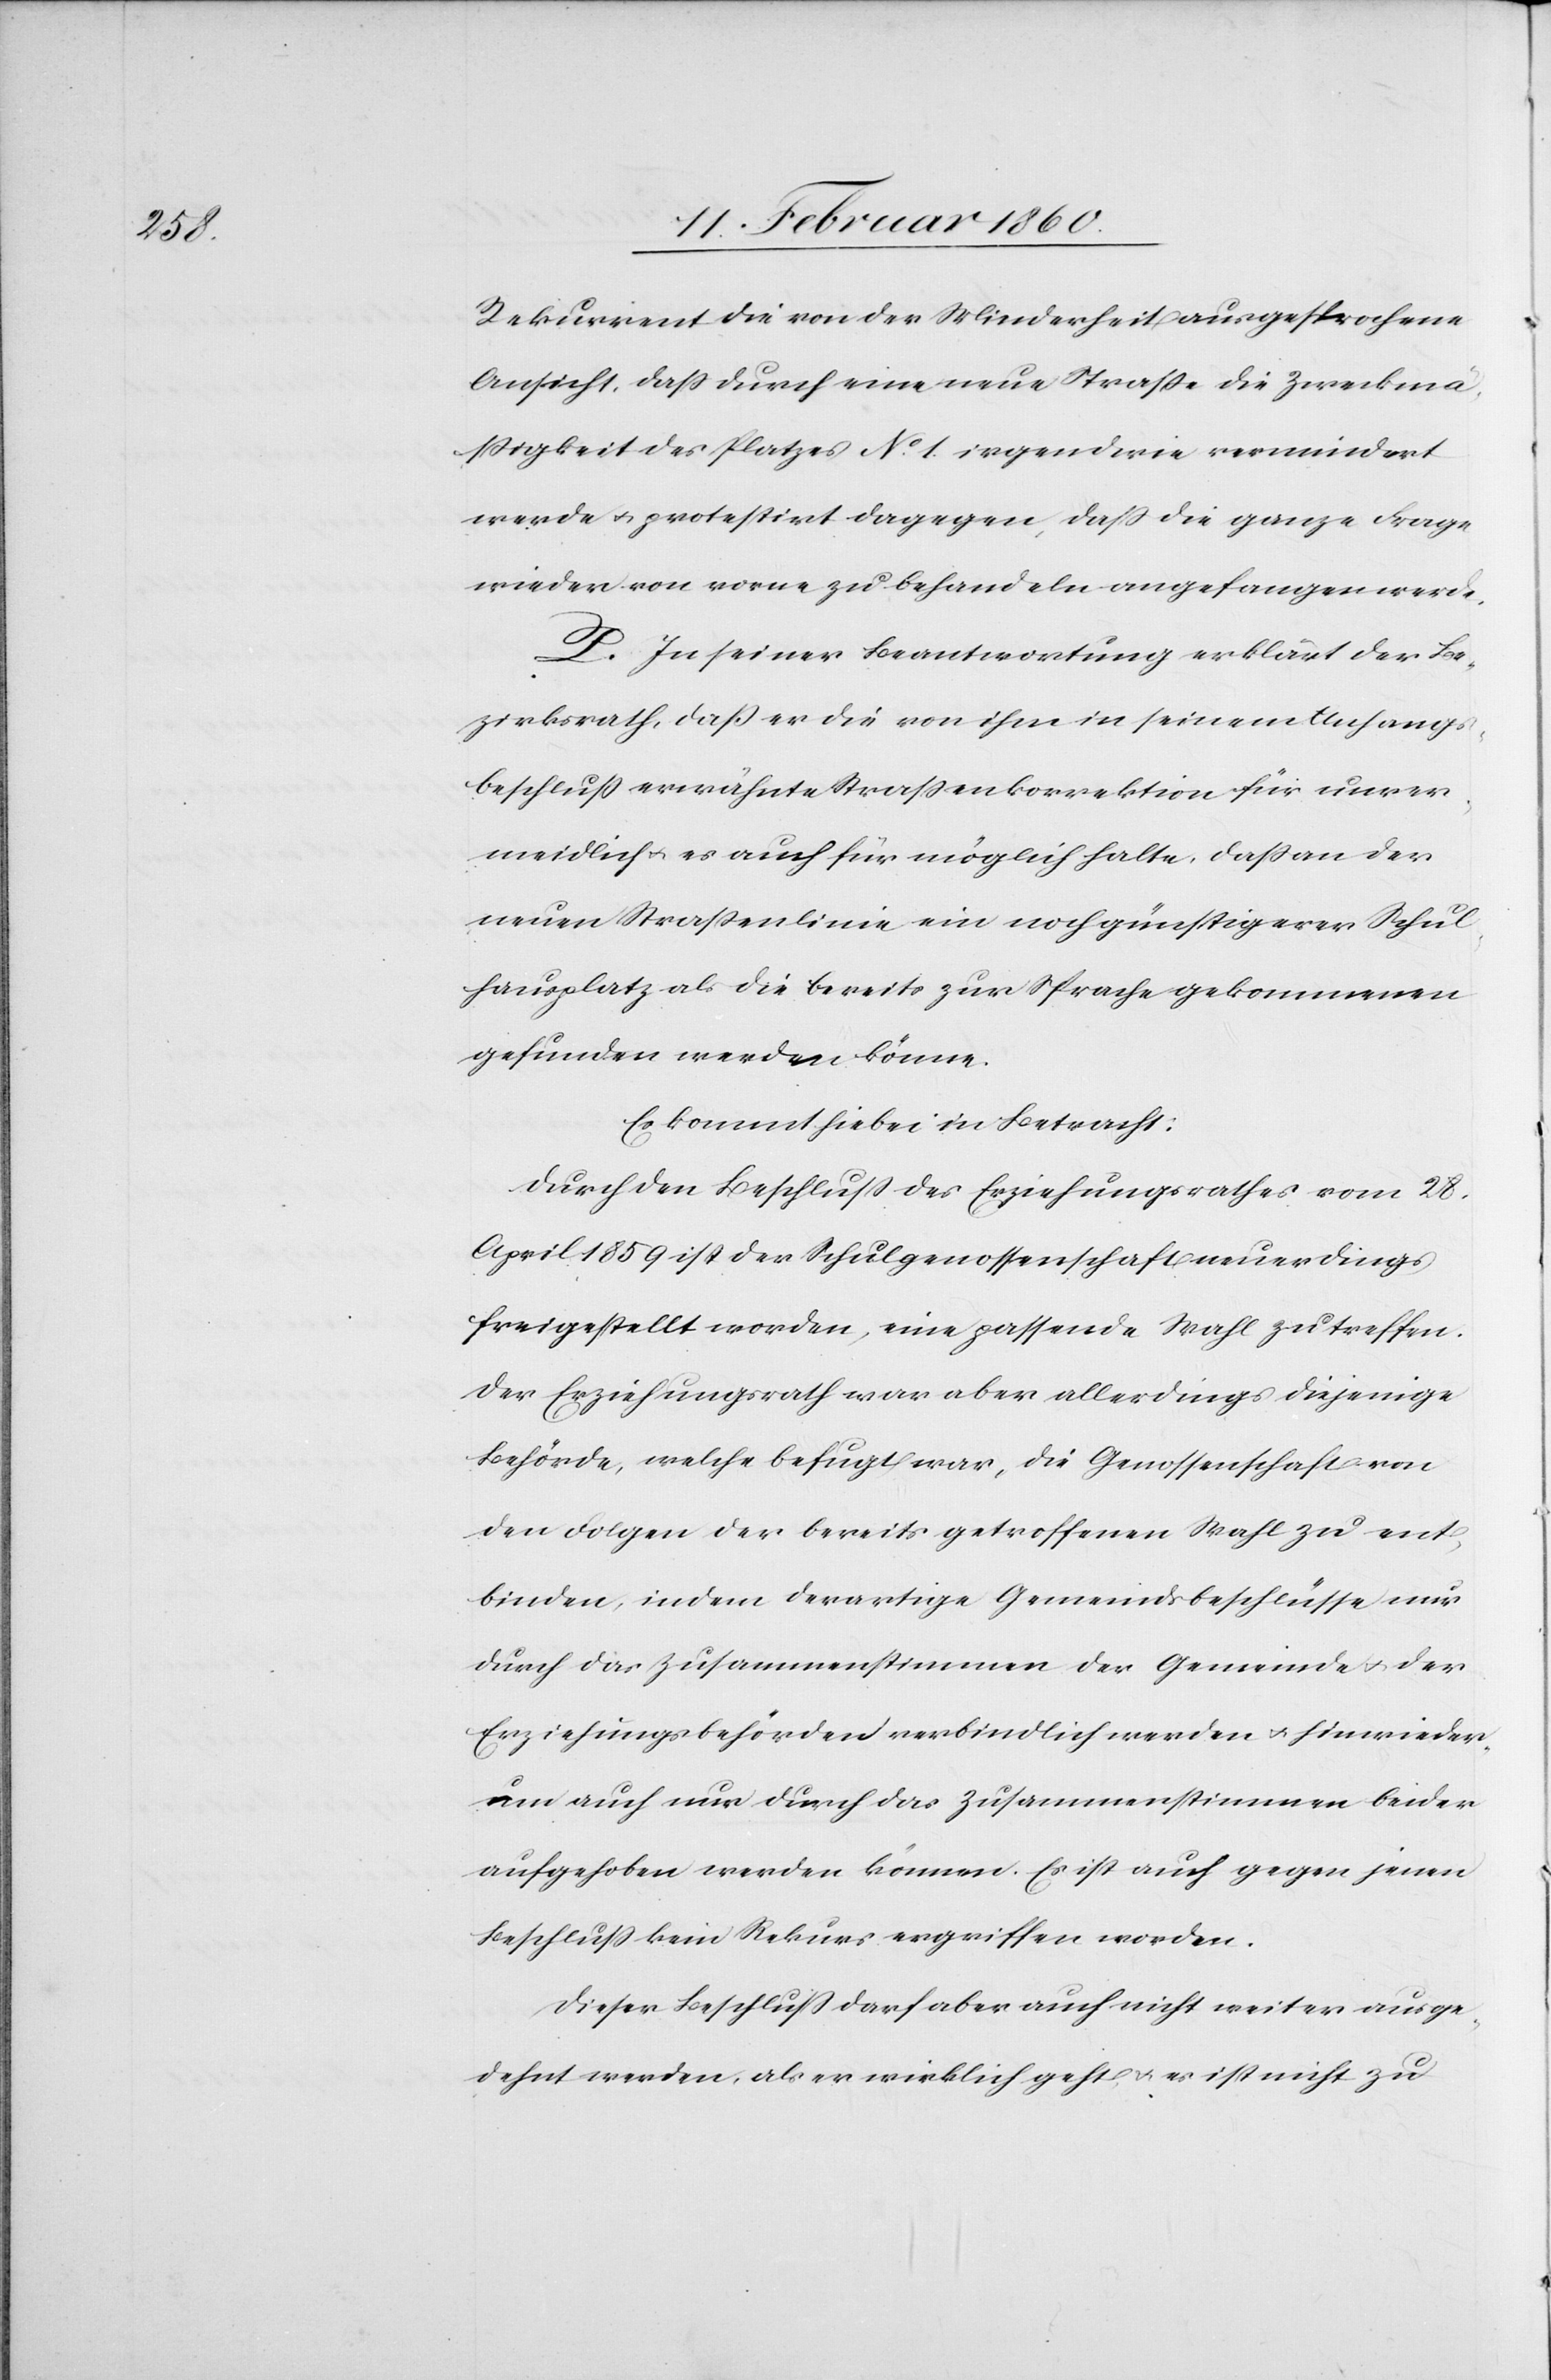
Rekurrent die von der Minderheit ausgesprochene
Ansicht, dass durch eine neue Strasse die Zweckm¬
ässigkeit des Platzes No 1 irgendwie vermindert
werde u. protestirt dagegen, dass die ganze Frage
wieder von vorne zu behandeln angefangen werde.
P. In seiner Beantwortung erklärt der Be¬
zirksrath, daß er die von ihm in seinem Anfangs¬
beschluss erwähnte Strassenkorrektion für unver¬
meidlich u. es auch für möglich halte, dass an der
neuen Strassenlinie ein noch günstigerer Schul¬
hausplatz als die bereits zur Sprache gekommenen
gefunden werden könne.
Es kommt hiebei in Betracht:
Durch den Beschluß des Erziehungsrathes vom 28.
April 1859 ist der Schulgenossenschaft neuerdings
freigestellt worden, eine passende Wahl zu treffen.
Der Erziehungsrath war aber allerdings diejenige
Behörde, welche befugt war, die Genossenschaft von
den Folgen der bereits getroffenen Wahl zu ent¬
binden, indem derartige Gemeindsbeschlüsse nur
durch das Zusammenstimmen der Gemeinde u. der
Erziehungsbehörden verbindlich werden u. hinwieder¬
um auch nur durch das Zusammenstimmen beider
aufgehoben werden könne. Es ist auch gegen jenen
Beschluß kein Rekurs ergriffen worden.
Dieser Beschluß darf aber auch nicht weiter ausge¬
dehnt werden, als er wirklich geht u. es ist nicht zu